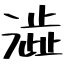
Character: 澁